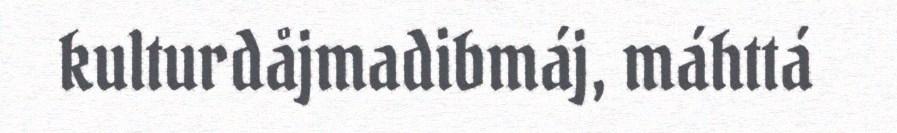
kulturdåjmadibmáj, máhttá